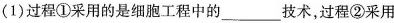
(1)过程①采用的是细胞工程中的___技术，过程②采用